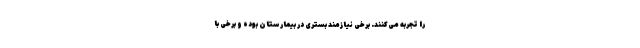
را تجربه می‌کنند. برخی نیازمند بستری در بیمارستان بوده و برخی با